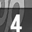
Digit: 4